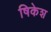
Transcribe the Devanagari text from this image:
षिकेश